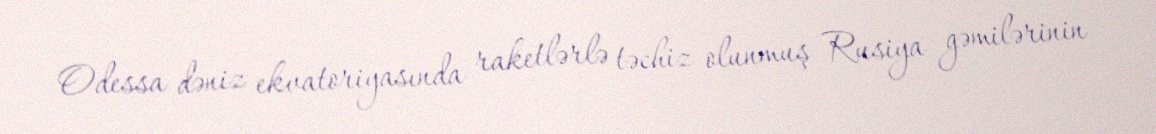
Odessa dəniz ekvatoriyasında raketlərlə təchiz olunmuş Rusiya gəmilərinin